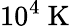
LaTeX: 10^{4}~\mathrm{{K}}